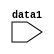
module data_type_01(
    input [31:0]     data1
);

reg [3:0]      byte1 [7:0]; //这是错误的定义方式

integer j;
//generate
    always@* begin   //'*'代表一直？逻辑电路？
        for (j=0; j<=3;j=j+1) begin    //判断语句应该是：'j<=3'而不是'j<=31'?
            byte1[j] = data1[(j+1)*8-1 : j*8]; 
            //把data1[7:0]…data1[31:24]依次赋值给byte1[0][7:0]…byte[3][7:0]
        end
    end
//endgenerate
endmodule